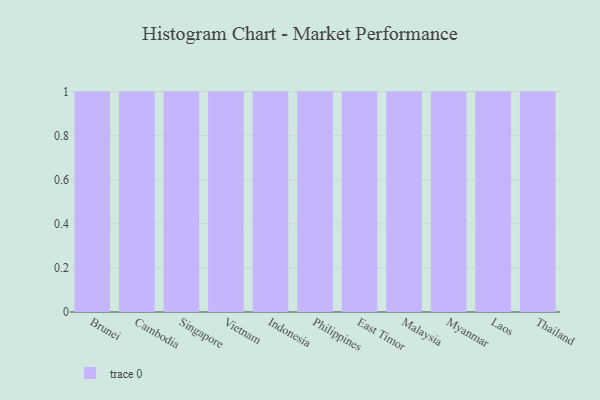
{"axis": {"x": "Country", "y": "Backlog"}, "legend": [""], "data": [{"x": "Brunei", "y": 95, "type": ""}, {"x": "Cambodia", "y": 48, "type": ""}, {"x": "Singapore", "y": 97, "type": ""}, {"x": "Vietnam", "y": 32, "type": ""}, {"x": "Indonesia", "y": 37, "type": ""}, {"x": "Philippines", "y": 76, "type": ""}, {"x": "East Timor", "y": 82, "type": ""}, {"x": "Malaysia", "y": 81, "type": ""}, {"x": "Myanmar", "y": 5, "type": ""}, {"x": "Laos", "y": 27, "type": ""}, {"x": "Thailand", "y": 48, "type": ""}]}